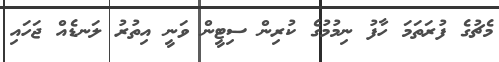
މެޗުގެ ފުރަތަމަ ހާފު ނިމުމުގެ ކުރިން ސިޓީން ވަނީ އިތުރު ލަނޑެއް ޖަހައި